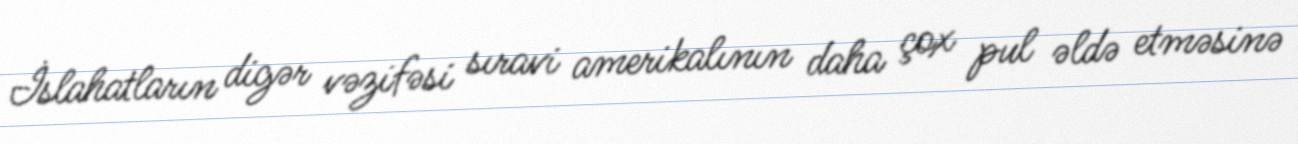
İslahatların digər vəzifəsi sıravi amerikalının daha çox pul əldə etməsinə